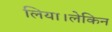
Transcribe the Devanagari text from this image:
लिया।लेकिन